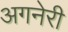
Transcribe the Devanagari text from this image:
अगनेरी